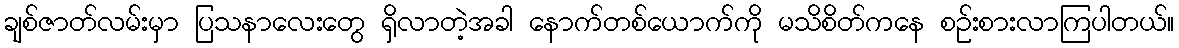
ချစ်ဇာတ်လမ်းမှာ ပြသနာလေးတွေ ရှိလာတဲ့အခါ နောက်တစ်ယောက်ကို မသိစိတ်ကနေ စဉ်းစားလာကြပါတယ်။